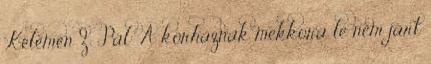
Kelemen Z. Pál: A kórháznak mekkora le nem járt